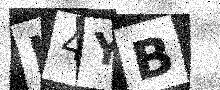
Text: H4YB